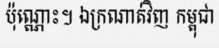
ប៉ុណ្ណោះ។ ឯក្រណាត់វិញ កម្ពុជា